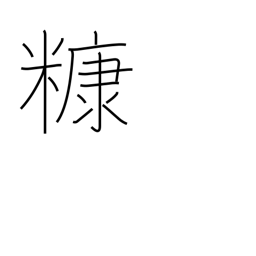
Meaning: rice bran